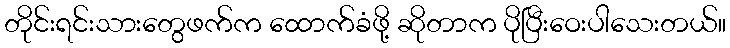
တိုင်းရင်းသားတွေဖက်က ထောက်ခံဖို့ ဆိုတာက ပိုပြီးဝေးပါသေးတယ်။